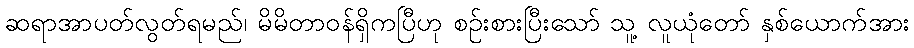
ဆရာအာပတ်လွတ်ရမည်၊ မိမိတာဝန်ရှိကပြီဟု စဉ်းစားပြီးသော် သူ့ လူယုံတော် နှစ်ယောက်အား